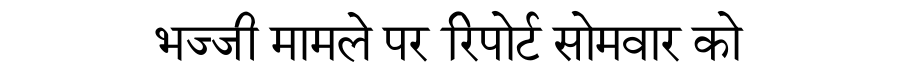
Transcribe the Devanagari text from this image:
भज्जी मामले पर रिपोर्ट सोमवार को